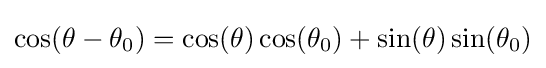
\cos(\theta -\theta _{0})=\cos(\theta )\cos(\theta _{0})+\sin(\theta )\sin(\theta _{0})